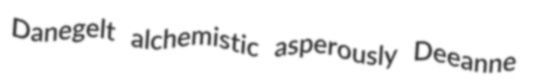
Danegelt alchemistic asperously Deeanne